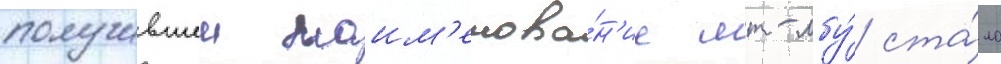
получившеи наим'енова́н'ие мт-лбу́ ста́ло